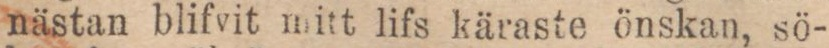
nästan blifvit mitt lifs käraste önskan, sö-